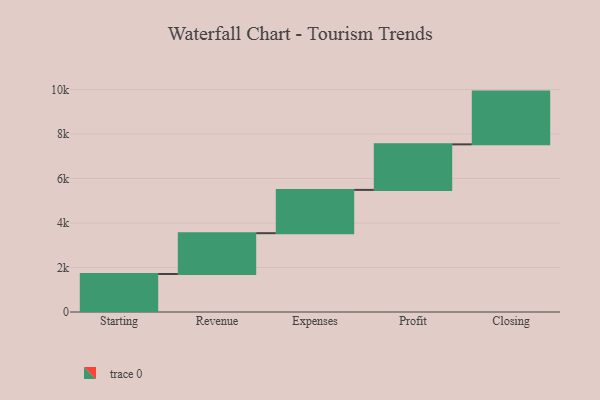
{"axis": {"x": "Step", "y": "Value"}, "legend": [""], "data": [{"x": "Starting", "y": 1708.0, "type": ""}, {"x": "Revenue", "y": 1834.0, "type": ""}, {"x": "Expenses", "y": 1946.0, "type": ""}, {"x": "Profit", "y": 2047.0, "type": ""}, {"x": "Closing", "y": 2371.0, "type": ""}]}